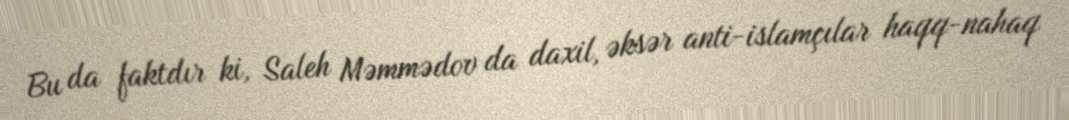
Bu da faktdır ki, Saleh Məmmədov da daxil, əksər anti-islamçılar haqq-nahaq